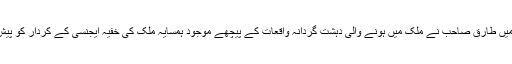
اس ناول میں طارق صاحب نے ملک میں ہونے والی دہشت گردانہ واقعات کے پیچھے موجود ہمسایہ ملک کی خفیہ ایجنسی کے کردار کو پیش کیا ہے۔